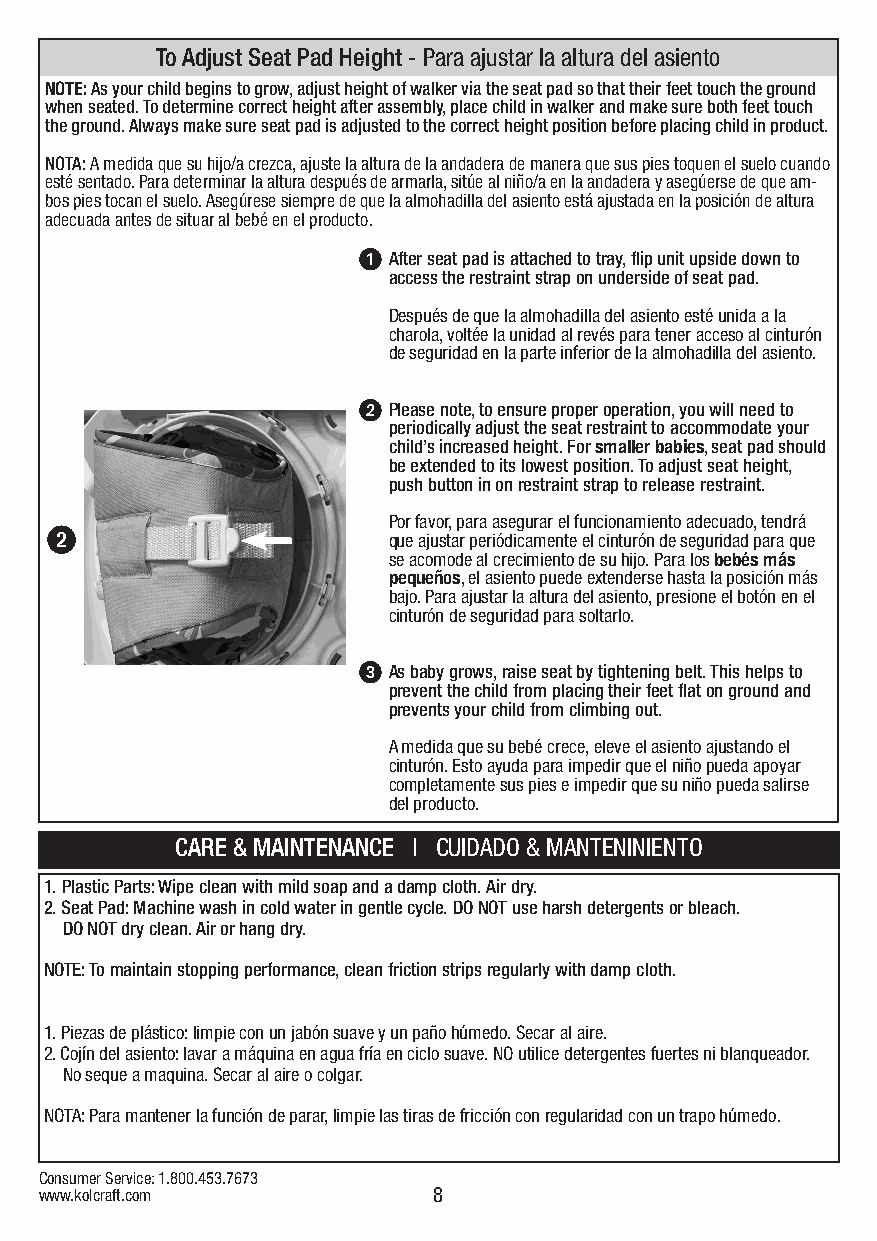
To Adjust Seat Pad Height - Para ajustar la altura del asiento
 NOTE: As your child begins to grow, adjust height of walker via the seat pad so that their feet touch the ground
 when seated. To determine correct height after assembly, place child in walker and make sure both feet touch
 the ground. Always make sure seat pad is adjusted to the correct height position before placing child in product.
 NOTA: A medida que su hijo/a crezca, ajuste la altura de la andadera de manera que sus pies toquen el suelo cuando
 esté sentado. Para determinar la altura después de armarla, sitúe al niño/a en la andadera y asegúerse de que am-
 bos pies tocan el suelo. Asegúrese siempre de que la almohadilla del asiento está ajustada en la posición de altura
 adecuada antes de situar al bebé en el producto.
 1 After seat pad is attached to tray, flip unit upside down to
 access the restraint strap on underside of seat pad.
 Después de que la almohadilla del asiento esté unida a la
 charola, voltée la unidad al revés para tener acceso al cinturón
 de seguridad en la parte inferior de la almohadilla del asiento.
 2 Please note, to ensure proper operation, you will need to
 periodically adjust the seat restraint to accommodate your
 child’s increased height. For smaller babies, seat pad should
 be extended to its lowest position. To adjust seat height,
 push button in on restraint strap to release restraint.
 Por favor, para asegurar el funcionamiento adecuado, tendrá
 2
 que ajustar periódicamente el cinturón de seguridad para que
 se acomode al crecimiento de su hijo. Para los bebés más
 pequeños, el asiento puede extenderse hasta la posición más
 bajo. Para ajustar la altura del asiento, presione el botón en el
 cinturón de seguridad para soltarlo.
 3 As baby grows, raise seat by tightening belt. This helps to
 prevent the child from placing their feet flat on ground and
 prevents your child from climbing out.
 A medida que su bebé crece, eleve el asiento ajustando el
 cinturón. Esto ayuda para impedir que el niño pueda apoyar
 completamente sus pies e impedir que su niño pueda salirse
 del producto.
 CARE & MAINTENANCE | CUIDADO & MANTENINIENTO
 1. Plastic Parts: Wipe clean with mild soap and a damp cloth. Air dry.
 2. Seat Pad: Machine wash in cold water in gentle cycle. DO NOT use harsh detergents or bleach.
 DO NOT dry clean. Air or hang dry.
 NOTE: To maintain stopping performance, clean friction strips regularly with damp cloth.
 1. Piezas de plástico: limpie con un jabón suave y un paño húmedo. Secar al aire.
 2. Cojín del asiento: lavar a máquina en agua fría en ciclo suave. NO utilice detergentes fuertes ni blanqueador.
 No seque a maquina. Secar al aire o colgar.
 NOTA: Para mantener la función de parar, limpie las tiras de fricción con regularidad con un trapo húmedo.
 Consumer Service: 1.800.453.7673
 www.kolcraft.com          8